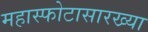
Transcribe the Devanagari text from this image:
महास्फोटासारख्या